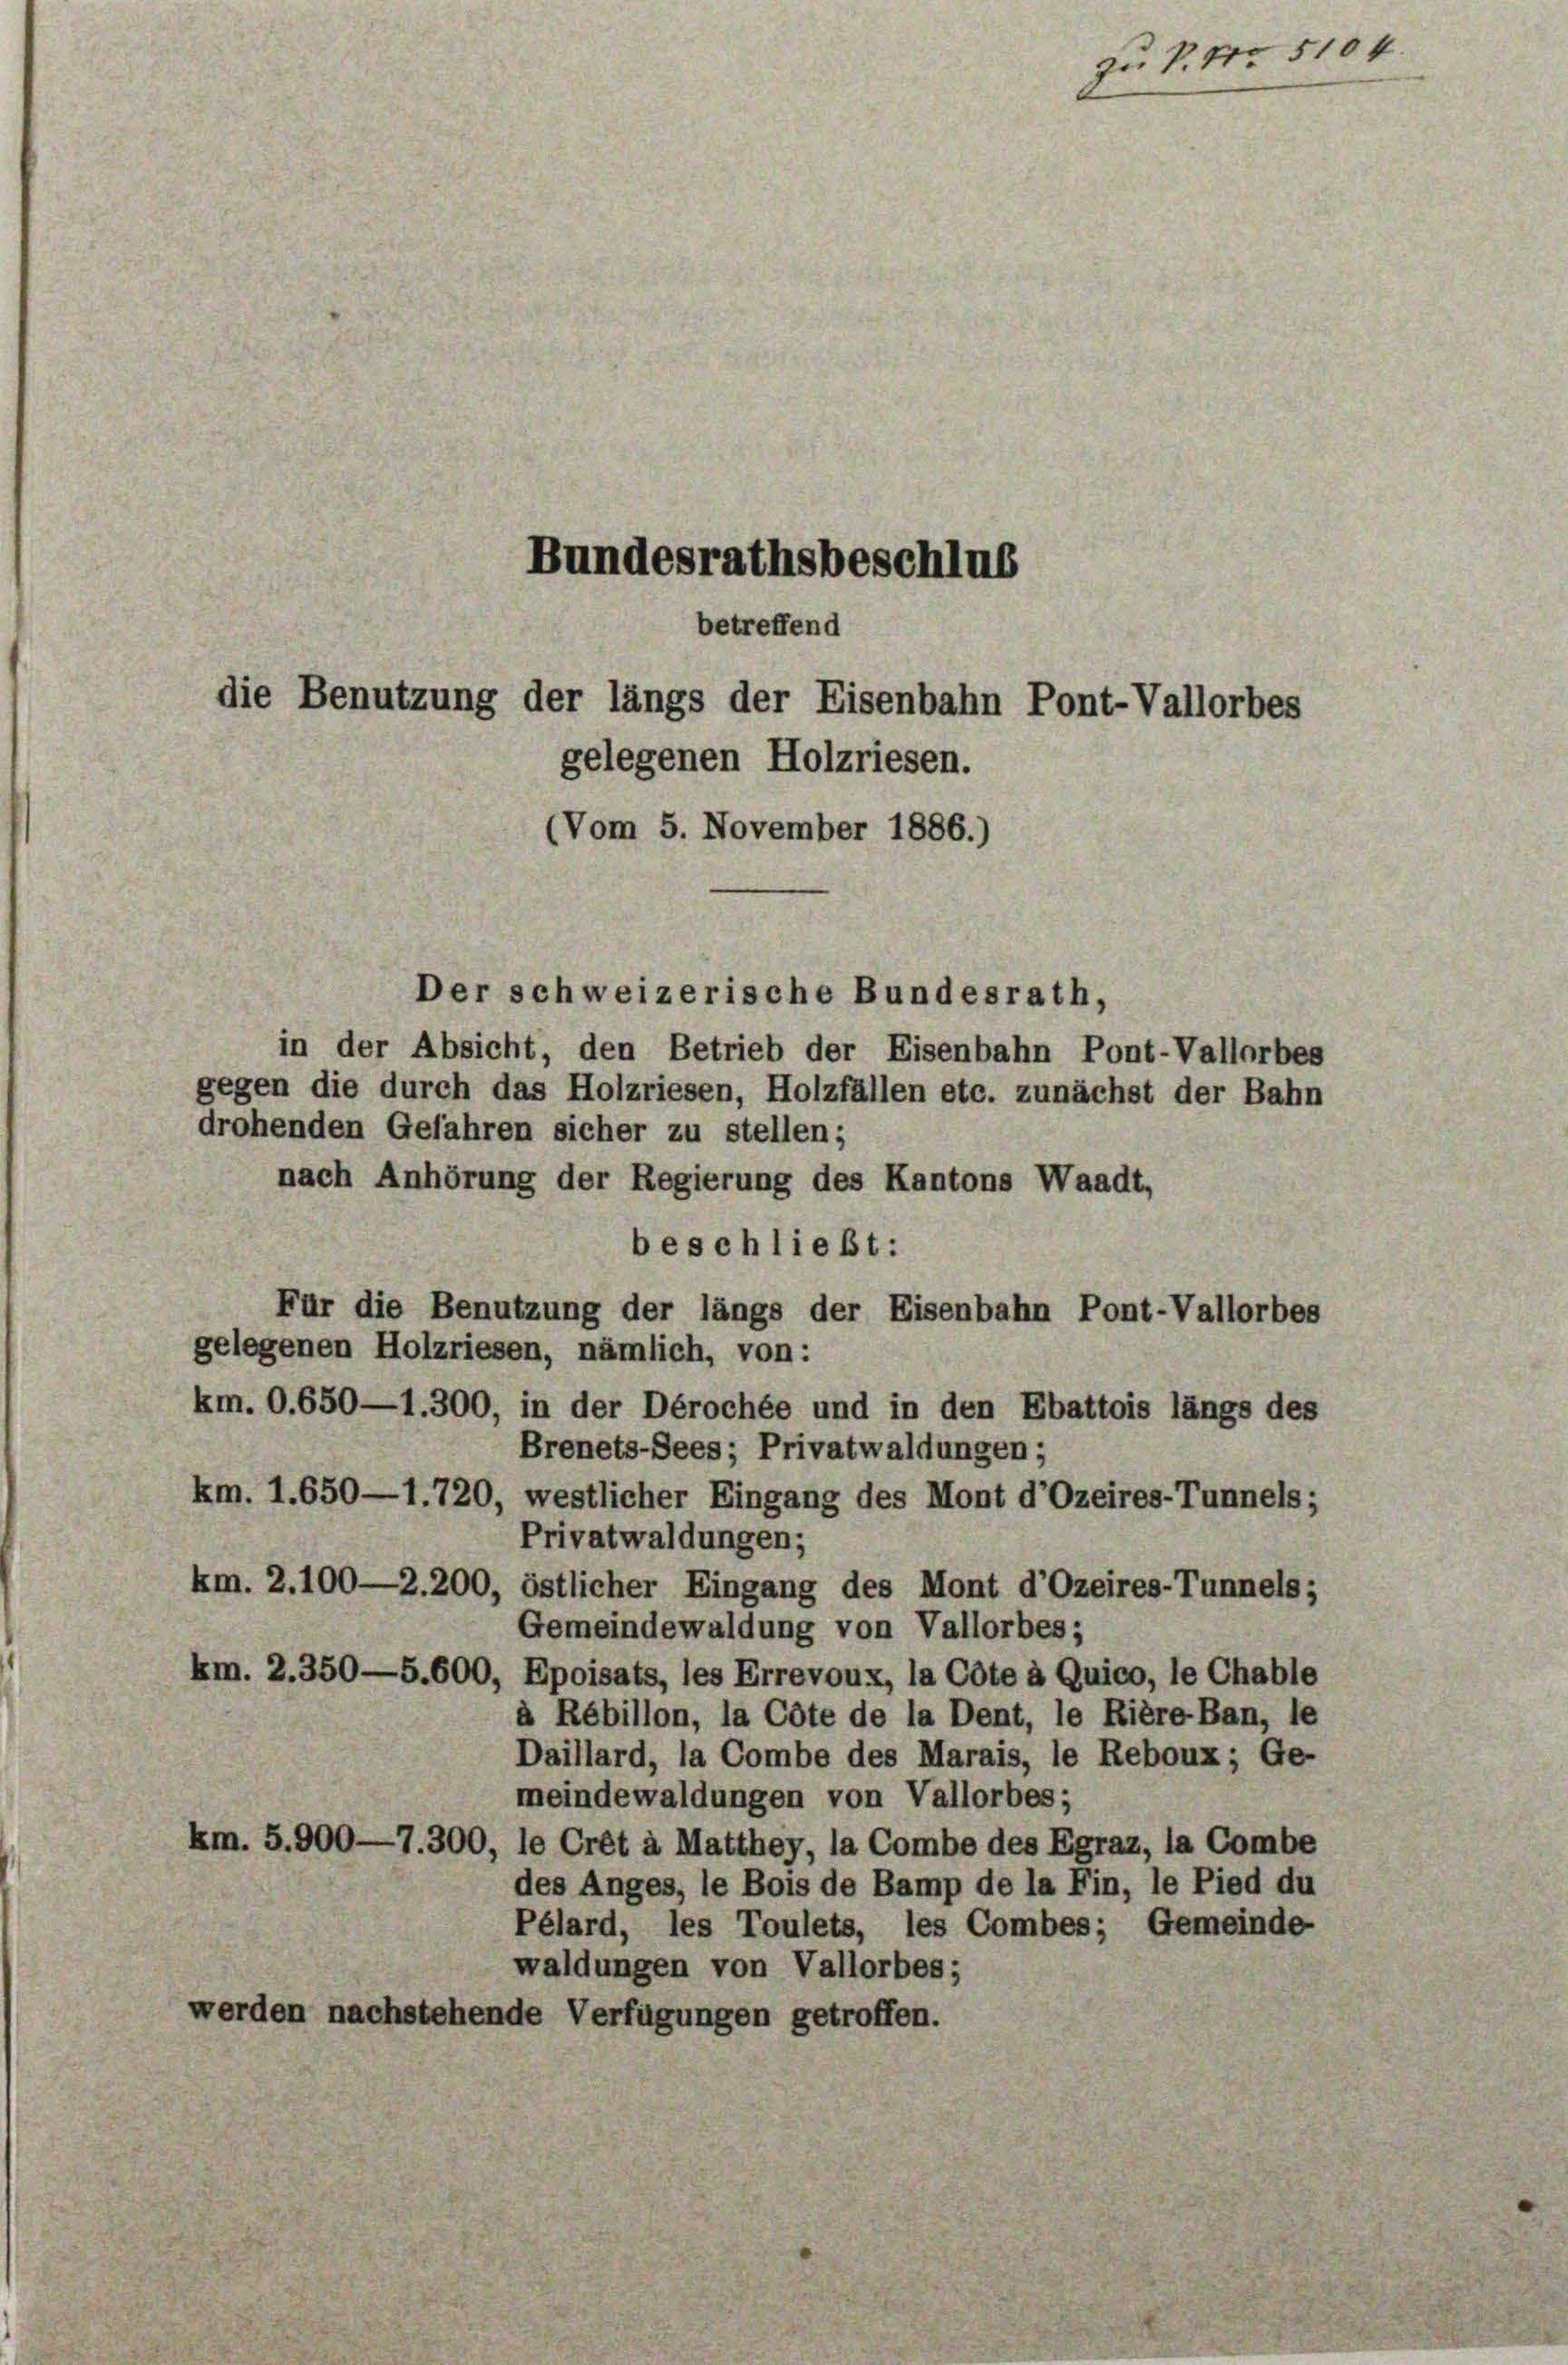
Bundesrathsbeschlus
die Benutzung der längs der Eisenbahn Pont-Vallorbes
gelegenen Holzriesen.
(Vom 5. November 1886.)

Der schweizerische Bundesrath,
in der Absicht, den Betrieb der Eisenbahn Pont-Vallorb
gegen die durch das Holzriesen, Holzfällen etc. zunächst der Bah
drohenden Gefahren sicher zu stellen;
nach Anhörung der Regierung des Kantons Waadt,
beschließt:
Für die Benutzung der längs der Eisenbahn Pont-Vallos
gelegenen Holzriesen, nämlich, von:
km. O. 650—1.300, in der Dérochée und in den Ebattois läng
Brenets-Sees; Privatwaldungen;
km. 1. 650—1.720, westlicher Eingang des Mont d’Ozeires-Tur
Privatwaldungen;
km. 2.100—2.200, östlicher Eingang des Mont d’Ozeires-Tur
Gemeindewaldung von Vallorbes;
km. 2. 350—5.600, Epoisats, les Errevoux, la Côte à Quico, le Chable
à Rébillon, la Côte de la Dent, le Rière-B
Daillard, la Combe des Marais, le Reboux,
meindewaldungen von Vallorbes;
km. 5. 900—7. 300, le Crêt à Matthey, la Combe des Egraz, la Cor
des Anges, le Bois de Bamp de la Fin, le Pie
Pélard, les Toulets, les Combes; Geme
waldungen von Vallorbes;
werden nachstehende Verfügungen getroffen.

betreffend

zu P. Nr. 51.

nels

le